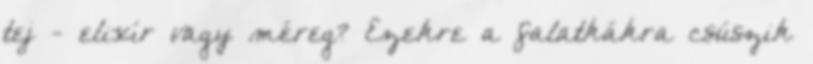
tej - elixír vagy méreg? Ezekre a falatkákra csúszik